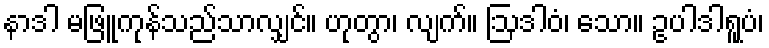
နာဒါ မဖြူကုန်သည်သာလျှင်။ ဟုတွာ၊ လျက်။ ဩဒါဝံ၊ သော။ ဥပါဒါရူပံ၊